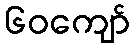
၆၀ကျော်